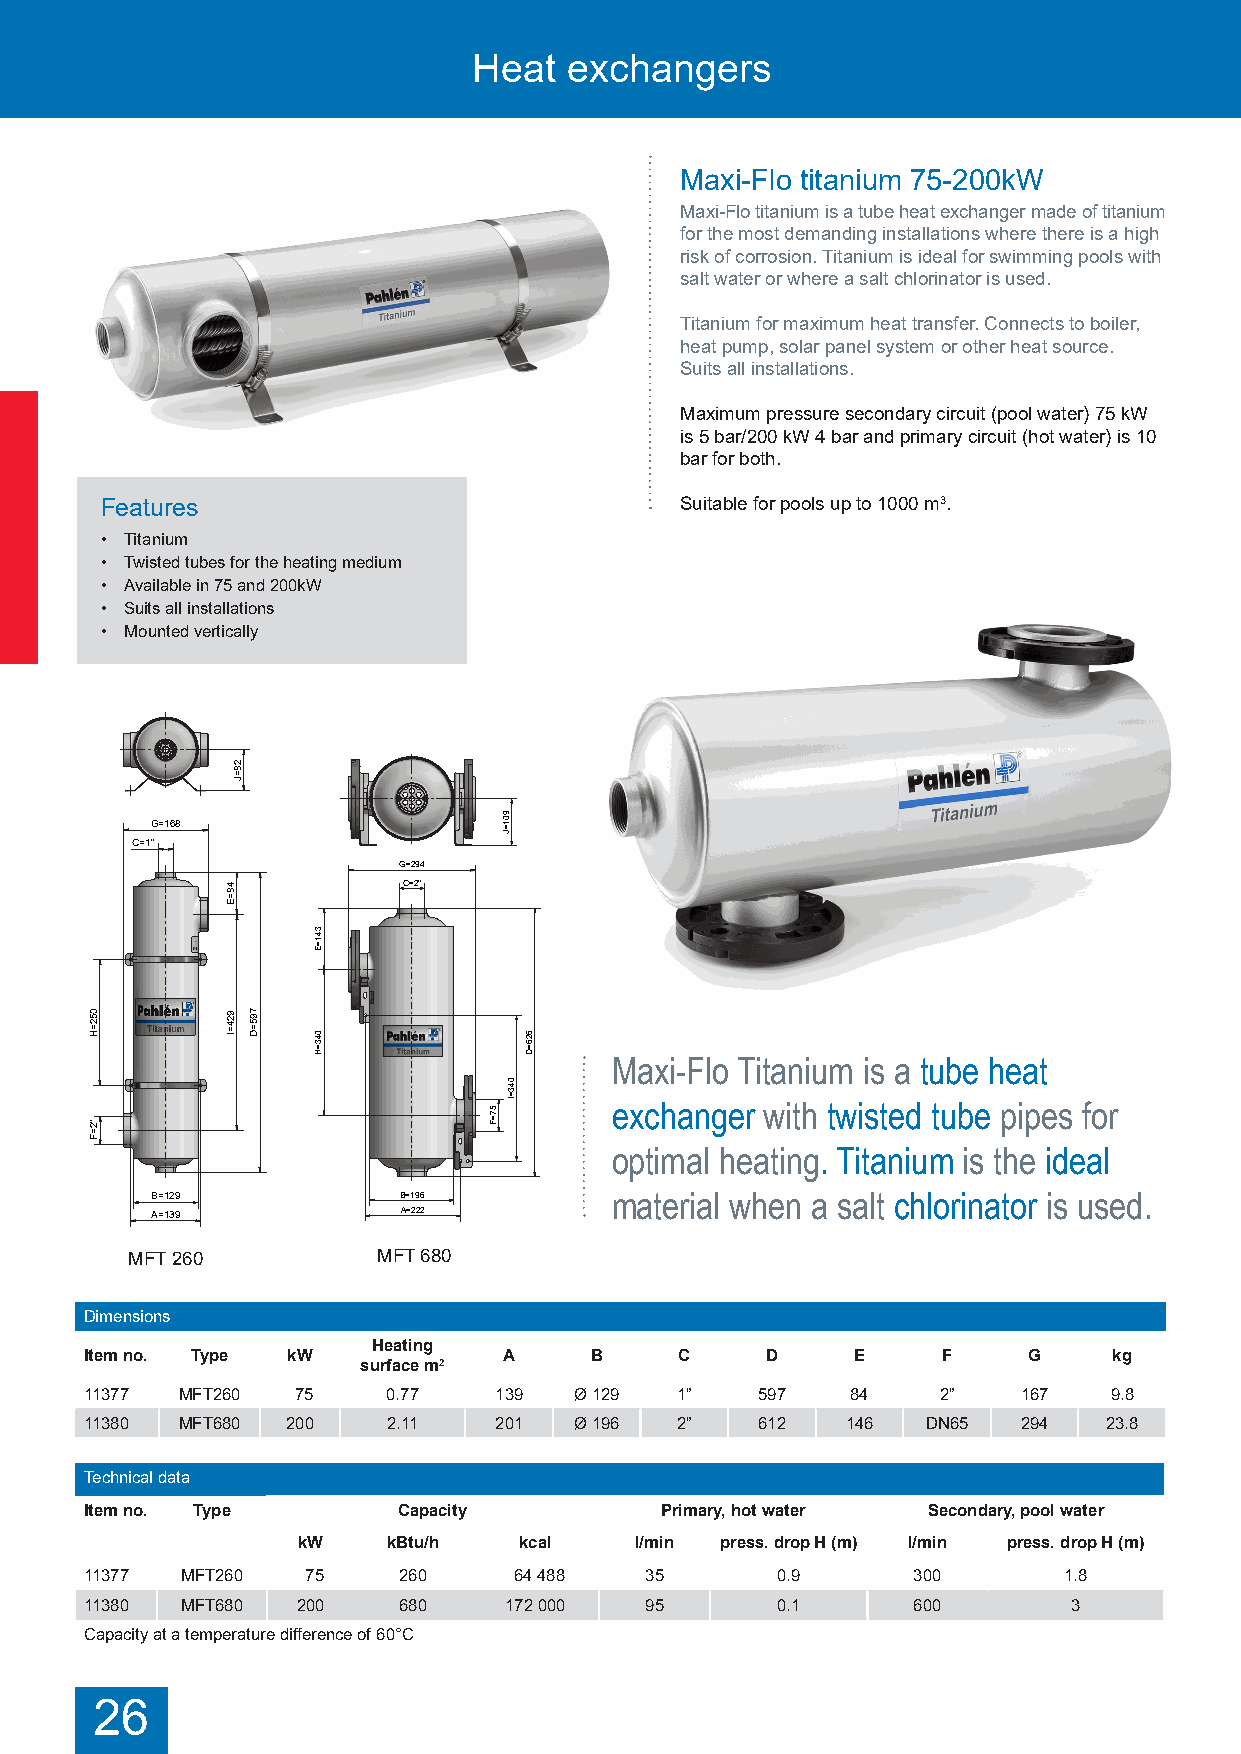
Heat   exchangers
 Maxi-Flo titanium 75-200kW
 Maxi-Flo titanium is a tube heat exchanger made of titanium
 for the most demanding installations where there is a high
 risk of corrosion. Titanium is ideal for swimming pools with
 salt water or where a salt chlorinator is used.
 Titanium for maximum heat transfer. Connects to boiler,
 heat pump, solar panel system or other heat source.
 Suits all installations.
 Maximum pressure secondary circuit (pool water) 75 kW
 is 5 bar/200 kW 4 bar and primary circuit (hot water) is 10
 bar for both.
 Features                              Suitable for pools up to 1000 m3.
 • Titanium
 • Twisted tubes for the heating medium
 • Available in 75 and 200kW
 • Suits all installations
 • Mounted vertically
 =2 J8
 G=168
 =90
 J1
 C=1"
 G=294
 4 E8=       C=2"
 E=341
 H=052    =92
 I4
 WD=795
 H=043         D=626
 W
 k0
 0
 Maxi-Flo Titanium is a tube heat
 Mk
 x5
 aFo7
 i-l   2"
 =F
 Mx
 0aFo2
 8i
 -l
 6
 =5 F7
 =04
 I3
 e ox pc tih ma an
 l
 g he er
 a
 w tinith
 g
 .t w Tii ts at ne id
 u
 mtu b ise tp hi ep e ids
 e
 f ao lr
 0
 6 V2 MT x vF l 853 M 72
 7
 1 -
 3 11
 AB == 11 32 99
 VMT
 xvF
 l
 253
 M 02 8 -1 3 11 B A= =1 29 26 2 material when a salt chlorinator is used.
 MFT 260          MFT 680
 Dimensions
 Heating
 Item no. Type kW           A     B     C     D    E     F     G     kg
 surface m2
 11377 MFT260  75    0.77   139  Ø 129  1”   597   84    2”    167  9.8
 11380 MFT680 200    2.11   201  Ø 196  2”   612   146  DN65   294  23.8
 Technical data
 Item no. Type       Capacity          Primary, hot water Secondary, pool water
 kW    kBtu/h  kcal    l/min press. drop H (m) l/min press. drop H (m)
 11377 MFT260  75    260     64 488   35      0.9      300       1.8
 11380 MFT680  200   680    172 000   95      0.1      600        3
 Capacity at a temperature difference of 60°C
 26